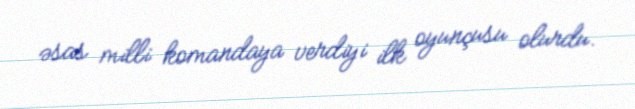
əsas milli komandaya verdiyi ilk oyunçusu olurdu.